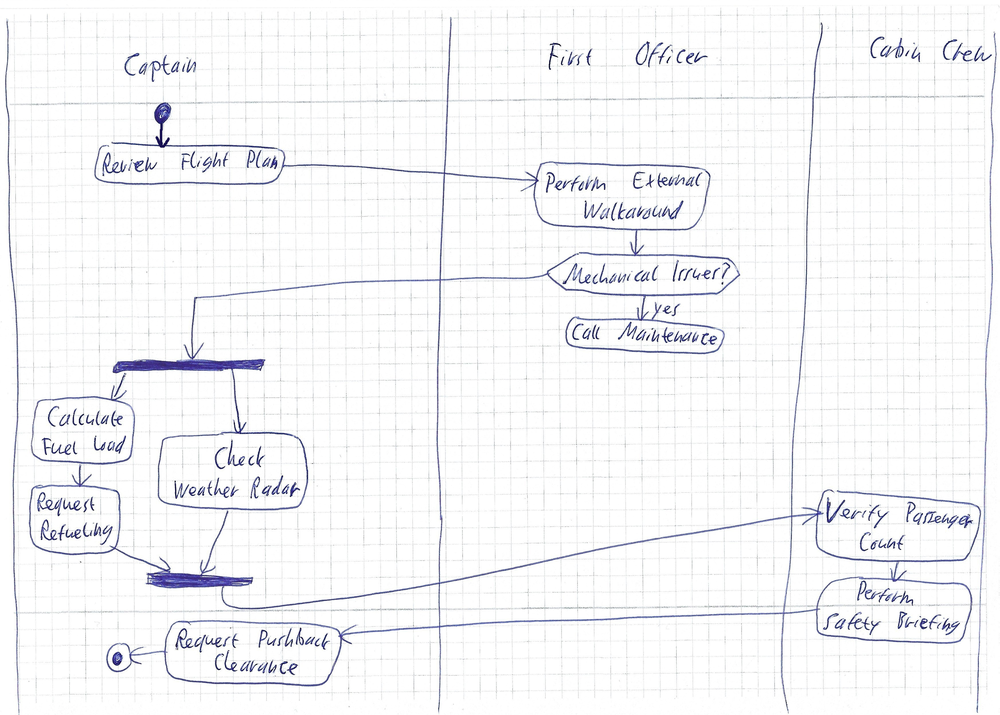
Diagram type: activity_diagram
```plantuml
@startuml

|Captain|
start
:Review Flight Plan;
|First Officer|
:Perform External Walkaround;
if (Mechanical Issues?) then (yes)
  :Call Maintenance;
  detach
endif
|Captain|
fork
  :Calculate Fuel Load;
  :Request Refueling;
fork again
  :Check Weather Radar;
end fork
|Cabin Crew|
:Verify Passenger Count;
:Perform Safety Briefing;
|Captain|
:Request Pushback Clearance;
stop

@enduml
```